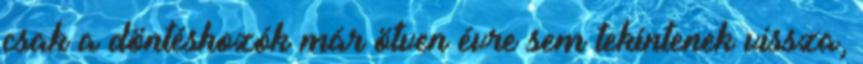
csak a döntéshozók már ötven évre sem tekintenek vissza,